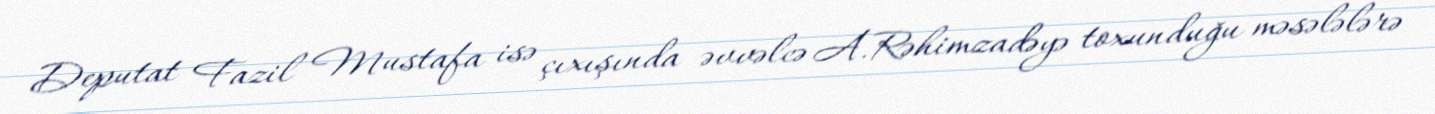
Deputat Fazil Mustafa isə çıxışında əvvəlcə A.Rəhimzadəyə toxunduğu məsələlərə